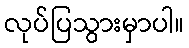
လုပ်ပြသွားမှာပါ။